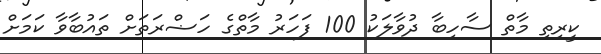
ކީރިތި މާތް ސާހިބާ ދުވާލަކު 100 ފަހަރު މާތްގެ ހަޟްރަތަށް ތައުބާވާ ކަމަށް